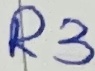
Text: R3